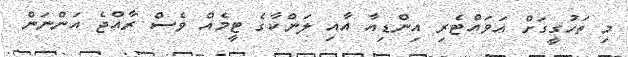
މި ތަހުގީގަށް އަވައްޓެރި އިންޑިއާ އާއި ލަންކާގެ ޓީމެއް ވެސް ރާއްޖެ އަންނަން